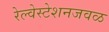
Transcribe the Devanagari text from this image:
रेल्वेस्टेशनजवळ